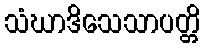
သံဃာဒိသေသာပတ္တိ